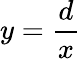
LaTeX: y=\frac{d}{x}